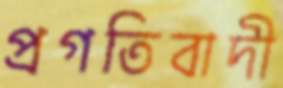
প্রগতিবাদী